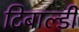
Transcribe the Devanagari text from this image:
टिबाल्डी